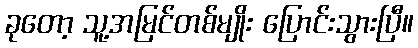
ခုတော့ သူ့အမြင်တစ်မျိုး ပြောင်းသွားပြီ။